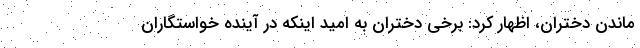
ماندن دختران، اظهار کرد: برخی دختران به امید اینکه در آینده خواستگاران